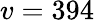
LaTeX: v=394